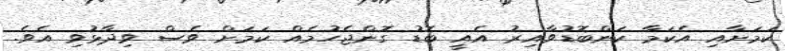
ކަމަށާއި އެކަމާ ކަންބޮޑުވާއިރު އެއީ ބޮޑު ގޮންޖެހުމެއް ކަމަށް ވެސް ވިދާޅުވި އެވެ.